Civil Veterinary Dept. Bombay admin report 1914-1922 - 1914-1922
Year: 1914
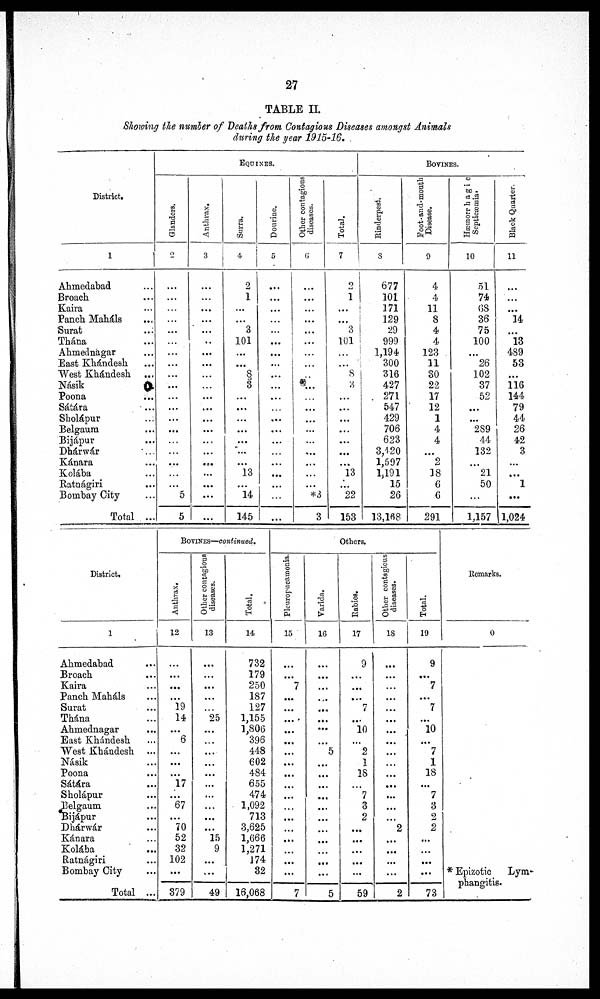
27
TABLE II.
Showing the number of Deaths from Contagious Diseases amongst Animals
during the year 1915-16.
District.
1
Ahmedabad ...
Broach ...
Kaira ...
Panch Maháls...
Surat ...
Thána ...
Ahmednágar ...
East Khándesh ...
West Khándesh ...
Násik ...
Poona ...
Sátára ...
Sholápur ...
Belgaum ...
Bijápur ...
Dhárwár ...
Kánara ...
Kolába ...
Ratnágiri ...
Bombay City ...
Total ...
EQUINES.
Glanders.
2
...
. ... ..
...
...
...
...
...
...
...
...
...
...
...
...
...
...
...
...
...
5
5
Anthrax.
3
...
...
...
...
...
..
...
...
...
...
...
...
...
...
...
...
...
...
...
...
...
Surra.
4
2
1
...
...
3
101
...
...
8
3
...
...
...
...
...
...
...
13
...
14
145
Dourine.
5
...
...
...
...
...
...
...
...
...
...
...
...
...
...
...
...
...
...
...
...
...
Other contagious
diseases.
6
...
...
...
...
...
...
...
...
...
...
...
...
...
...
...
...
...
...
...
*3
3
Total.
7
2
1
...
...
3
101
...
...
8
3
...
...
...
...
...
...
...
13
...
22
153
BOVINES.
Rinderpest.
8
677
101
171
129
29
999
1,194
300
316
427
271
547
429
706
623
3,420
1,597
1,191
15
26
13,168
Foot-and-mouth
Disease.
9
4
4
11
8
4
4
123
11
30
22
17
12
1
4
4
...
2
18
6
6
291
Hæmorrhagic
Septicæmia.
10
51
74
68
36
75
100
...
26
102
37
52
...
...
289
44
132
...
21
50
...
1,157
Black Quarter.
11
...
...
...
14
...
13
489
53
...
116
144
79
44
26
42
3
...
...
1
...
1,024
District.
1
Ahmedabad ...
Broach ...
Kaira ...
Panch Maháls ...
Surat ...
Thána ...
Ahmednagar ...
East Khándesh ...
West Khándesh ...
Násik ...
Poona ...
Sátára ...
Sholápur ...
Belgaum ...
Bijápur ...
Dhárwár ...
Kánara ...
Kolába
...
Ratnágiri ...
Bombay City ...
Total ...
BOVINES—continued.
Anthrax.
12
...
...
...
...
19
14
...
6
...
...
...
17
...
67
...
70
52
32
102
...
379
Other contagious
diseases.
13
...
...
...
...
...
25
...
...
...
...
...
...
...
...
...
...
15
9
...
...
49
Total.
14
732
179
250
187
127
1,155
1,806
396
448
602
484
655
474
1,092
713
3,625
1,666
1,271
174
32
16,068
Others.
Pleuropucamonia.
15
...
...
7
...
...
...
...
...
...
...
...
...
...
...
...
...
...
...
...
...
7
Varida.
16
...
...
...
...
...
...
...
...
5
...
...
...
...
...
...
...
...
...
...
...
5
Rabies.
17
9
...
...
...
7
...
10
...
2
1
18
...
7
3
2
...
...
...
...
...
59
Other contagious
diseases.
18
...
...
...
...
...
...
...
...
...
...
...
...
...
...
...
2
...
...
...
...
2
Total.
19
9
...
7
...
7
...
10
...
7
1
18
...
7
3
2
2
...
...
...
...
73
Remarks.
0
* Epizotic Lym¬
phangitis.